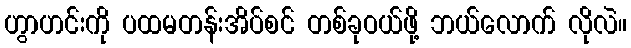
ဟွာဟင်းကို ပထမတန်းအိပ်စင် တစ်ခုဝယ်ဖို့ ဘယ်လောက် လိုလဲ။